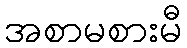
အစာမစားမီ